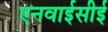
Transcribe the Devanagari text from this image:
एनवाईसीई